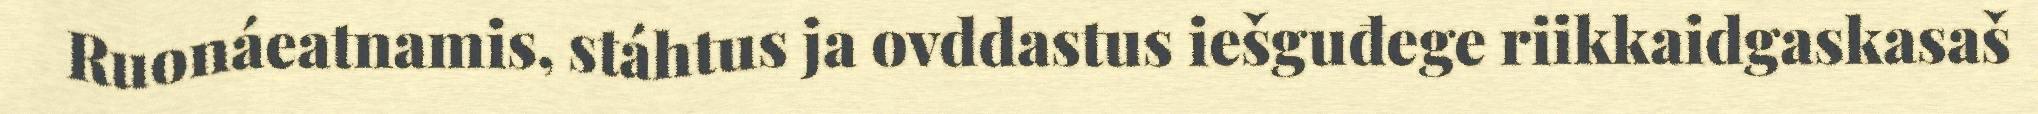
Ruonáeatnamis, stáhtus ja ovddastus iešguđege riikkaidgaskasaš